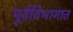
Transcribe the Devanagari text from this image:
पूर्वविभागात